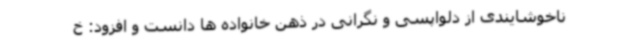
ناخوشایندی از دلواپسی و نگرانی در ذهن خانواده ها دانست و افزود: خ